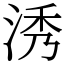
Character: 𣵛